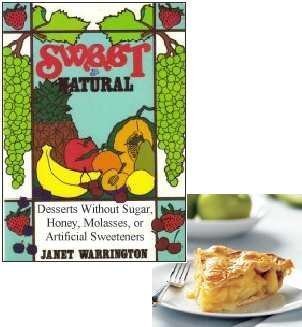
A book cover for Sweet & Natural: Desserts Without Sugar, Honey, Molasses or Artificial Sweetners; Janet Warrington; Health, Fitness & Dieting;